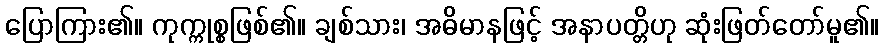
ပြောကြား၏။ ကုက္ကုစ္စဖြစ်၏။ ချစ်သား၊ အဓိမာနဖြင့် အနာပတ္တိဟု ဆုံးဖြတ်တော်မူ၏။